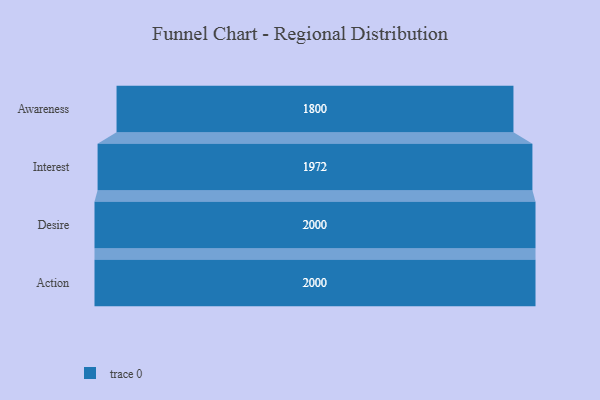
{"axis": {"x": "Stage", "y": "Value"}, "legend": [""], "data": [{"x": "Awareness", "y": 1800.0, "type": ""}, {"x": "Interest", "y": 1972.0, "type": ""}, {"x": "Desire", "y": 2000, "type": ""}, {"x": "Action", "y": 2000, "type": ""}]}